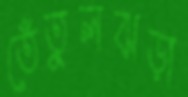
তেঁতুলঝড়া